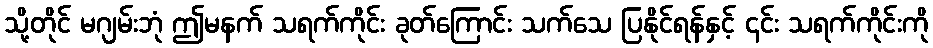
သို့တိုင် မဂျမ်းဘုံ ဤမနက် သရက်ကိုင်း ခုတ်ကြောင်း သက်သေ ပြနိုင်ရန်နှင့် ၄င်း သရက်ကိုင်းကို